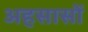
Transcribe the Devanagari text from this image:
अहसासों